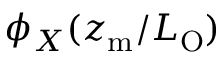
\phi _ { X } ( z _ { \mathrm { m } } / L _ { \mathrm { O } } )